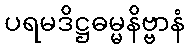
ပရမဒိဋ္ဌဓမ္မနိဗ္ဗာနံ